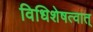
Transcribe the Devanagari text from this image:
विधिशेषत्वात्